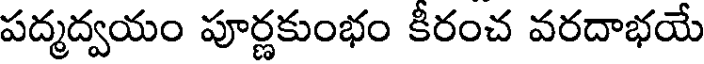
పద్మద్వయం పూర్ణకుంభం కిరంచ వరదాభయే